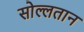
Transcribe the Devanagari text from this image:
सोल्लतान